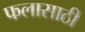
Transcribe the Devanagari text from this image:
फलासाठी